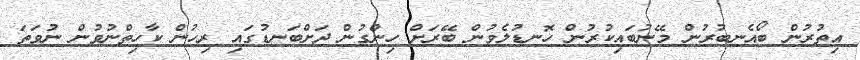
އިތުރުން ބޯއެނބުރުން މޭނުބައިކުރުން ހޮނޑުލެވުން ބޭރަށް ހިންގުން ދަށްބަނޑުގައި ރިހުން ކާހިތްނުވުން ނުވަތަ